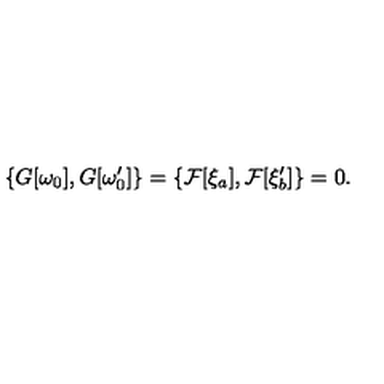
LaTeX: \{ G [ \omega _ { 0 } ] , G [ \omega _ { 0 } ^ { \prime } ] \} = \{ { \cal F } [ \xi _ { a } ] , { \cal F } [ \xi _ { b } ^ { \prime } ] \} = 0 .